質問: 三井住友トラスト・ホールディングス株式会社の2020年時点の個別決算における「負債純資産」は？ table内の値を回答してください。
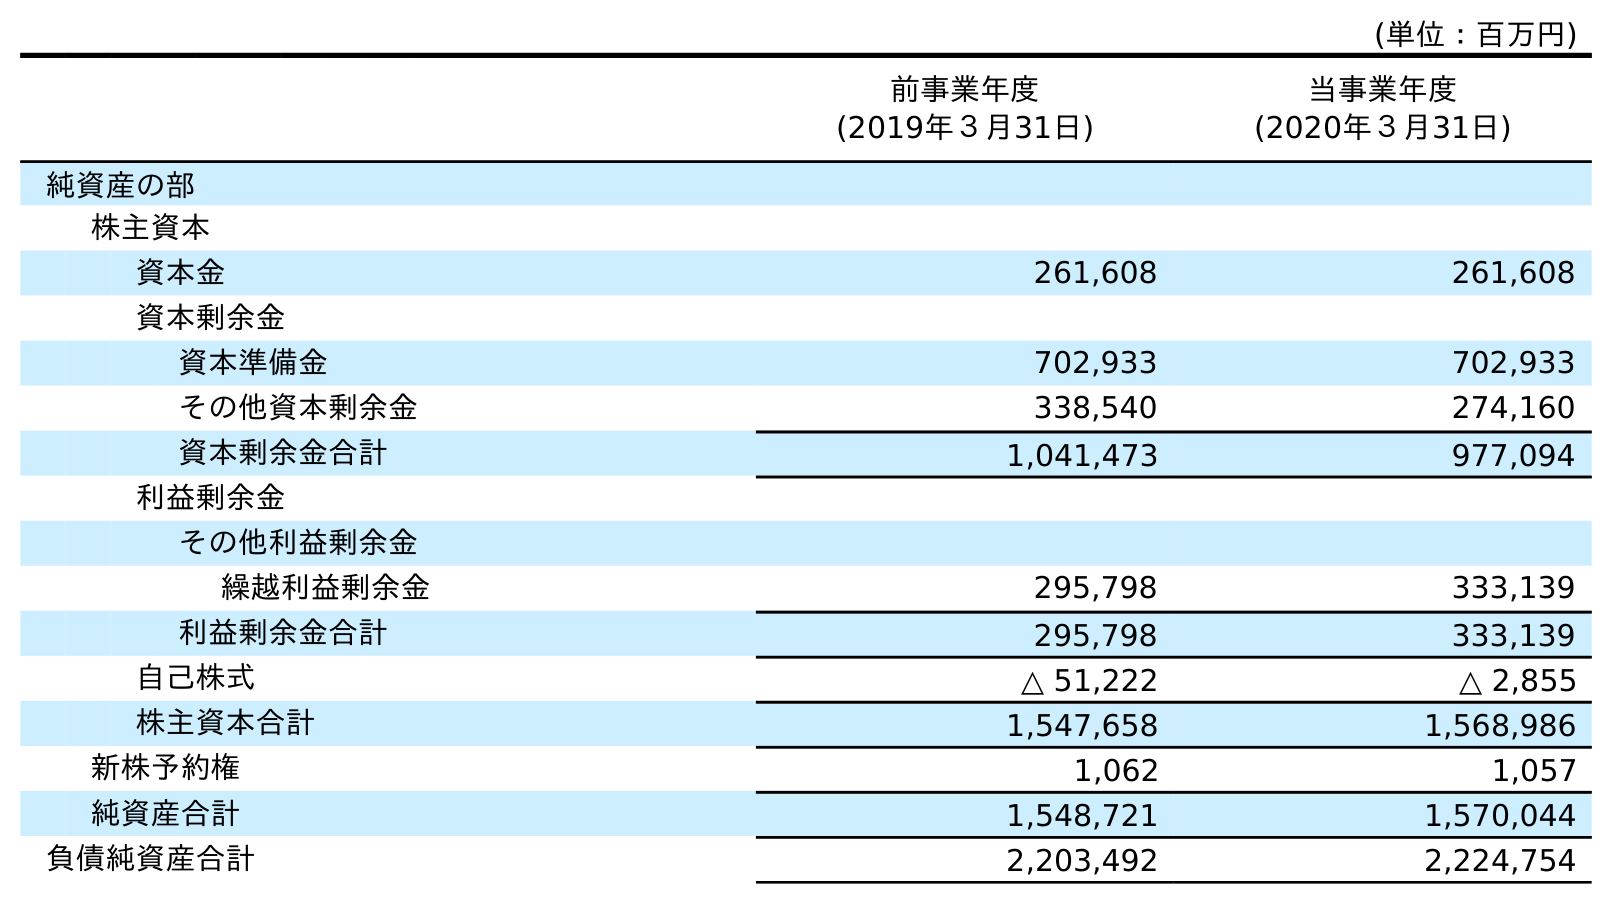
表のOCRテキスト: (単位：百万円) 前事業年度 (2019年３月31日) 当事業年度 (2020年３月31日) 純資産の部 株主資本 資本金 261,608 261,608 資本剰余金 資本準備金 702,933 702,933 その他資本剰余金 338,540 274,160 資本剰余金合計 1,041,473 977,094 利益剰余金 その他利益剰余金 繰越利益剰余金 295,798 333,139 利益剰余金合計 295,798 333,139 自己株式 △ 51,222 △ 2,855 株主資本合計 1,547,658 1,568,986 新株予約権 1,062 1,057 純資産合計 1,548,721 1,570,044 負債純資産合計 2,203,492 2,224,754
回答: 2,224,754